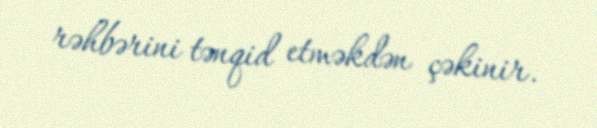
rəhbərini tənqid etməkdən çəkinir.